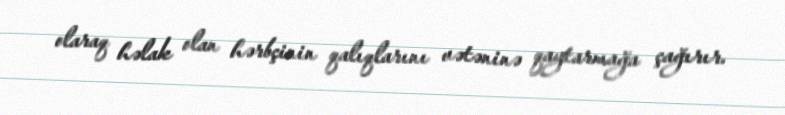
olaraq həlak olan hərbçinin qalıqlarını vətəninə qaytarmağa çağırır.